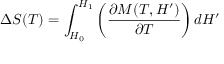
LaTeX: \Delta S ( T ) = \int _ { H _ { 0 } } ^ { H _ { 1 } } \left( { \frac { \partial M ( T , H ^ { \prime } ) } { \partial T } } \right) d H ^ { \prime }